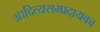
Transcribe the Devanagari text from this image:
आदित्यसम्प्रदायका